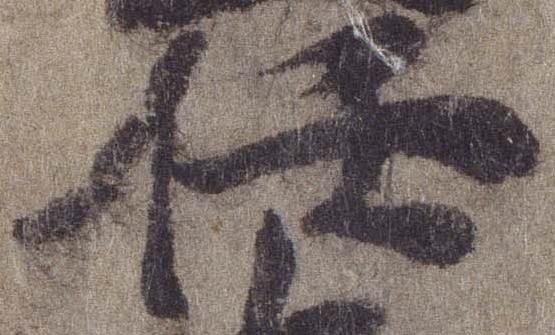
任